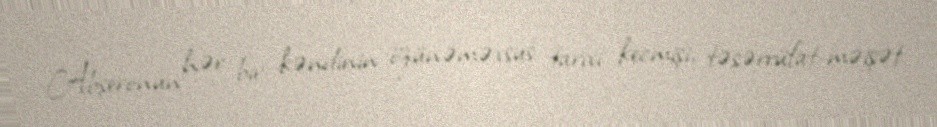
Abşeronun hər bir kəndinin özünəməxsus tarixi kecmişi, təsərrüfat-məişət